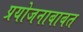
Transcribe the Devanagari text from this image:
प्रयोजनाबाबत